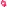
Text: 7